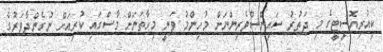
ކިއުރިއޮސިޓީގެ މި ދަތުރު ސައިންސްވެރިންނަށް މުހިންމު ވަނީ މިހާތަނަށް މާސްގައި ކުރިއަށް ނުގެންދާވަރުގެ